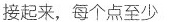
接起来，每个点至少